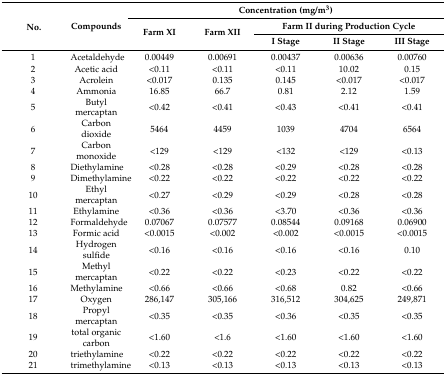
<table><thead><tr><td rowspan="3"><b>No.</b></td><td rowspan="3"><b>Compounds</b></td><td colspan="5"><b>Concentration (mg/m<sup>3</sup>)</b></td></tr><tr><td rowspan="2"><b>Farm XI</b></td><td rowspan="2"><b>Farm XII</b></td><td colspan="3"><b>Farm II during Production Cycle</b></td></tr><tr><td><b>I Stage</b></td><td><b>II Stage</b></td><td><b>III Stage</b></td></tr></thead><tbody><tr><td>1</td><td>Acetaldehyde</td><td>0.00449</td><td>0.00691</td><td>0.00437</td><td>0.00636</td><td>0.00760</td></tr><tr><td>2</td><td>Acetic acid</td><td>&lt;0.11</td><td>&lt;0.11</td><td>&lt;0.11</td><td>10.02</td><td>0.15</td></tr><tr><td>3</td><td>Acrolein</td><td>&lt;0.017</td><td>0.135</td><td>0.145</td><td>&lt;0.017</td><td>&lt;0.017</td></tr><tr><td>4</td><td>Ammonia</td><td>16.85</td><td>66.7</td><td>0.81</td><td>2.12</td><td>1.59</td></tr><tr><td>5</td><td>Butyl mercaptan</td><td>&lt;0.42</td><td>&lt;0.41</td><td>&lt;0.43</td><td>&lt;0.41</td><td>&lt;0.41</td></tr><tr><td>6</td><td>Carbon dioxide</td><td>5464</td><td>4459</td><td>1039</td><td>4704</td><td>6564</td></tr><tr><td>7</td><td>Carbon monoxide</td><td>&lt;129</td><td>&lt;129</td><td>&lt;132</td><td>&lt;129</td><td>&lt;0.13</td></tr><tr><td>8</td><td>Diethylamine</td><td>&lt;0.28</td><td>&lt;0.28</td><td>&lt;0.29</td><td>&lt;0.28</td><td>&lt;0.28</td></tr><tr><td>9</td><td>Dimethylamine</td><td>&lt;0.22</td><td>&lt;0.22</td><td>&lt;0.22</td><td>&lt;0.22</td><td>&lt;0.22</td></tr><tr><td>10</td><td>Ethyl mercaptan</td><td>&lt;0.27</td><td>&lt;0.29</td><td>&lt;0.29</td><td>&lt;0.28</td><td>&lt;0.28</td></tr><tr><td>11</td><td>Ethylamine</td><td>&lt;0.36</td><td>&lt;0.36</td><td>&lt;3.70</td><td>&lt;0.36</td><td>&lt;0.36</td></tr><tr><td>12</td><td>Formaldehyde</td><td>0.07067</td><td>0.07577</td><td>0.08544</td><td>0.09168</td><td>0.06900</td></tr><tr><td>13</td><td>Formic acid</td><td>&lt;0.0015</td><td>&lt;0.002</td><td>&lt;0.002</td><td>&lt;0.0015</td><td>&lt;0.0015</td></tr><tr><td>14</td><td>Hydrogen sulfide</td><td>&lt;0.16</td><td>&lt;0.16</td><td>&lt;0.16</td><td>&lt;0.16</td><td>0.10</td></tr><tr><td>15</td><td>Methyl mercaptan</td><td>&lt;0.22</td><td>&lt;0.22</td><td>&lt;0.23</td><td>&lt;0.22</td><td>&lt;0.22</td></tr><tr><td>16</td><td>Methylamine</td><td>&lt;0.66</td><td>&lt;0.66</td><td>&lt;0.68</td><td>0.82</td><td>&lt;0.66</td></tr><tr><td>17</td><td>Oxygen</td><td>286,147</td><td>305,166</td><td>316,512</td><td>304,625</td><td>249,871</td></tr><tr><td>18</td><td>Propyl mercaptan</td><td>&lt;0.35</td><td>&lt;0.35</td><td>&lt;0.36</td><td>&lt;0.35</td><td>&lt;0.35</td></tr><tr><td>19</td><td>total organic carbon</td><td>&lt;1.60</td><td>&lt;1.6</td><td>&lt;1.60</td><td>&lt;1.60</td><td>&lt;1.60</td></tr><tr><td>20</td><td>triethylamine</td><td>&lt;0.22</td><td>&lt;0.22</td><td>&lt;0.22</td><td>&lt;0.22</td><td>&lt;0.22</td></tr><tr><td>21</td><td>trimethylamine</td><td>&lt;0.13</td><td>&lt;0.13</td><td>&lt;0.13</td><td>&lt;0.13</td><td>&lt;0.13</td></tr></tbody></table>